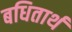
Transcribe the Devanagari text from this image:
बधितार्थ